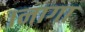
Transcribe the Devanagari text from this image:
।नागा